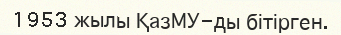
1953 жылы ҚазМУ-ды бітірген.